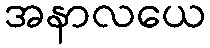
အနာလယေ